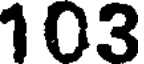
103